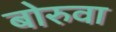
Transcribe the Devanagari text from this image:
बोरुवा